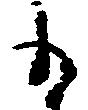
も